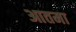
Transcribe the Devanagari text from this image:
आतमा